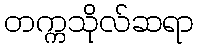
တက္ကသိုလ်ဆရာ